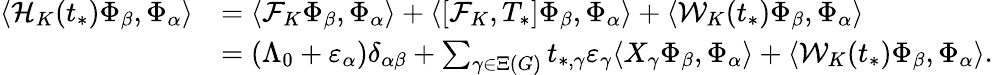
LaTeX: \begin{array}{rl}{\langle\mathcal{H}_{K}(t_{*})\Phi_{\beta},\Phi_{\alpha}\rangle}&{=\langle\mathcal{F}_{K}\Phi_{\beta},\Phi_{\alpha}\rangle+\langle[\mathcal{F}_{K},T_{*}]\Phi_{\beta},\Phi_{\alpha}\rangle+\langle\mathcal{W}_{K}(t_{*})\Phi_{\beta},\Phi_{\alpha}\rangle}\\ &{=(\Lambda_{0}+\varepsilon_{\alpha})\delta_{\alpha\beta}+\sum_{\gamma\in\Xi(G)}t_{*,\gamma}\varepsilon_{\gamma}\langle X_{\gamma}\Phi_{\beta},\Phi_{\alpha}\rangle+\langle\mathcal{W}_{K}(t_{*})\Phi_{\beta},\Phi_{\alpha}\rangle.}\end{array}